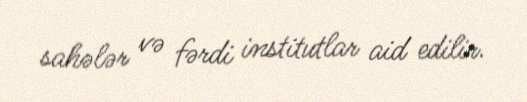
sahələr və fərdi institutlar aid edilir.